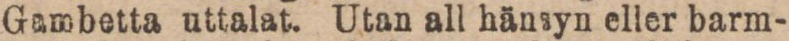
Gambetta uttalat. Utan all hänsyn eller barm-